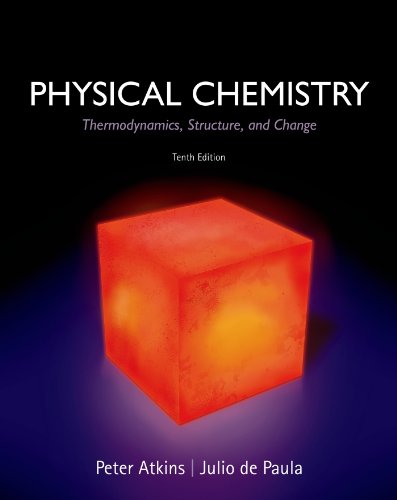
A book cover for Physical Chemistry: Thermodynamics, Structure, and Change; Peter Atkins; Science & Math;